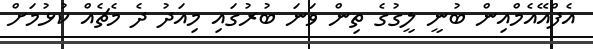
އެފްއޭއެމްއިން ބުނީ ލީގުގެ ތިން ވަނަ ބުރުގައި މިއަދު ދެ މެޗެއް ކުޅުމަށް